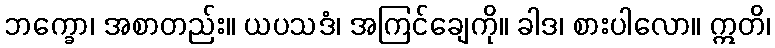
ဘက္ခော၊ အစာတည်း။ ယပသဒံ၊ အကြင်ချေကို။ ခါဒ၊ စားပါလော။ ဣတိ၊